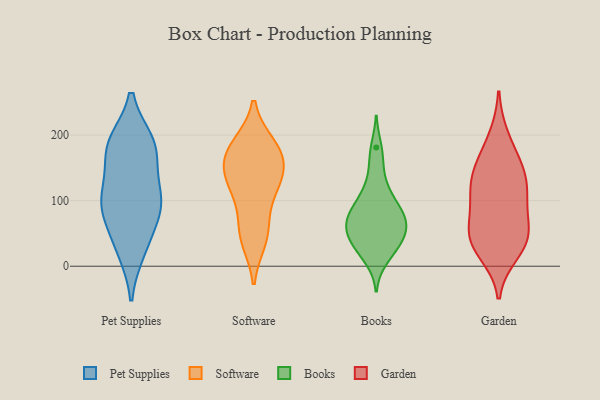
{"axis": {"x": "Shipments", "y": "Value"}, "legend": ["Books", "Garden", "Pet Supplies", "Software"], "data": [{"x": "", "y": 35, "type": "Pet Supplies"}, {"x": "", "y": 94, "type": "Pet Supplies"}, {"x": "", "y": 102, "type": "Pet Supplies"}, {"x": "", "y": 187, "type": "Pet Supplies"}, {"x": "", "y": 118, "type": "Pet Supplies"}, {"x": "", "y": 181, "type": "Pet Supplies"}, {"x": "", "y": 83, "type": "Pet Supplies"}, {"x": "", "y": 94, "type": "Pet Supplies"}, {"x": "", "y": 25, "type": "Pet Supplies"}, {"x": "", "y": 177, "type": "Pet Supplies"}, {"x": "", "y": 183, "type": "Pet Supplies"}, {"x": "", "y": 157, "type": "Software"}, {"x": "", "y": 46, "type": "Software"}, {"x": "", "y": 63, "type": "Software"}, {"x": "", "y": 145, "type": "Software"}, {"x": "", "y": 127, "type": "Software"}, {"x": "", "y": 177, "type": "Software"}, {"x": "", "y": 185, "type": "Software"}, {"x": "", "y": 160, "type": "Software"}, {"x": "", "y": 114, "type": "Software"}, {"x": "", "y": 118, "type": "Software"}, {"x": "", "y": 40, "type": "Software"}, {"x": "", "y": 183, "type": "Software"}, {"x": "", "y": 87, "type": "Books"}, {"x": "", "y": 119, "type": "Books"}, {"x": "", "y": 10, "type": "Books"}, {"x": "", "y": 113, "type": "Books"}, {"x": "", "y": 156, "type": "Books"}, {"x": "", "y": 65, "type": "Books"}, {"x": "", "y": 55, "type": "Books"}, {"x": "", "y": 51, "type": "Books"}, {"x": "", "y": 181, "type": "Books"}, {"x": "", "y": 36, "type": "Books"}, {"x": "", "y": 72, "type": "Books"}, {"x": "", "y": 36, "type": "Books"}, {"x": "", "y": 78, "type": "Books"}, {"x": "", "y": 43, "type": "Books"}, {"x": "", "y": 72, "type": "Books"}, {"x": "", "y": 90, "type": "Books"}, {"x": "", "y": 21, "type": "Books"}, {"x": "", "y": 43, "type": "Garden"}, {"x": "", "y": 106, "type": "Garden"}, {"x": "", "y": 40, "type": "Garden"}, {"x": "", "y": 50, "type": "Garden"}, {"x": "", "y": 196, "type": "Garden"}, {"x": "", "y": 153, "type": "Garden"}, {"x": "", "y": 137, "type": "Garden"}, {"x": "", "y": 72, "type": "Garden"}, {"x": "", "y": 21, "type": "Garden"}, {"x": "", "y": 39, "type": "Garden"}, {"x": "", "y": 111, "type": "Garden"}, {"x": "", "y": 115, "type": "Garden"}, {"x": "", "y": 157, "type": "Garden"}]}